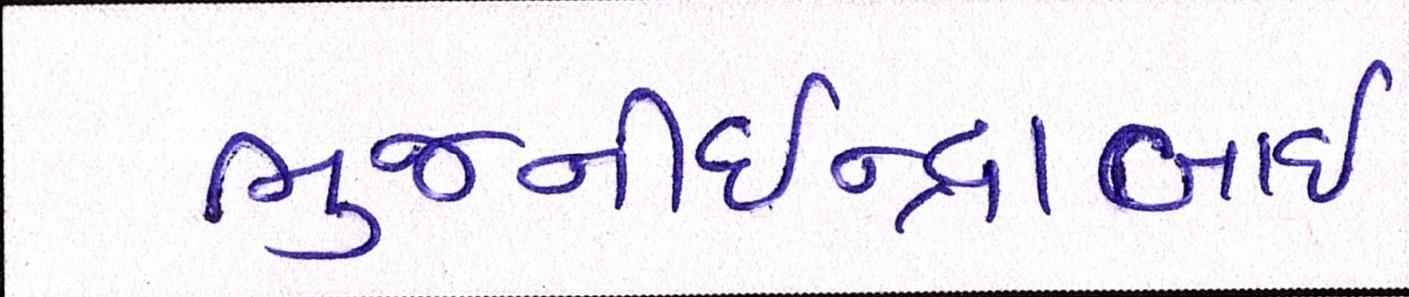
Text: ભુજનીઇન્દ્રાબાઇ